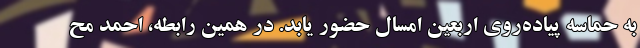
به حماسه پیاده‌روی اربعین امسال حضور یابد. در همین رابطه، احمد مح